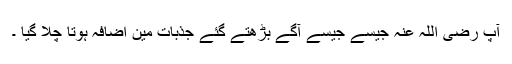
آپ رضی اللہ عنہ جیسے جیسے آگے بڑھتے گئے جذبات مین اضافہ ہوتا چلا گیا ۔